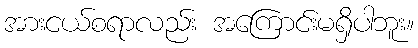
အားငယ်စရာလည်း အကြောင်းမရှိပါဘူး။